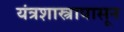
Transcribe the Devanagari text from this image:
यंत्रशास्त्रापासून